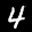
Label: 4